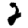
Digit: 2